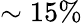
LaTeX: \sim 15\%